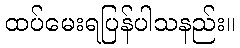
ထပ်မေးရပြန်ပါသနည်း။